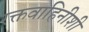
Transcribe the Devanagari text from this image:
रक्तवाहिनीशी